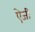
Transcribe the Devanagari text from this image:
ऐजी